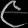
Digit: ၉